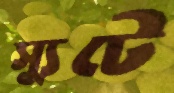
স্যুটে